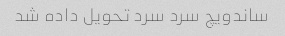
ساندویچ سرد سرد تحویل داده شد